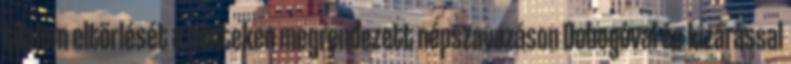
tilalom eltörlését a pénteken megrendezett népszavazáson Dobogóval és kizárással